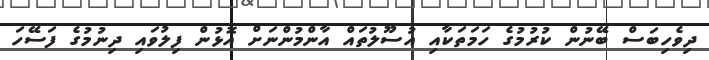
ދިވެހިބަސް ބޭނުން ކުރުމުގެ ހަމަތަކާއި އުސޫލުތައް އާންމުންނަށް އޮޅުން ފިލުވައި ދިނުމުގެ ފަސޭހަ